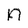
Character: n